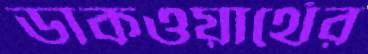
ডাকওয়ার্থের